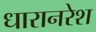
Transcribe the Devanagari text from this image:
धारानरेश